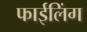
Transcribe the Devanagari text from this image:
फाईलिंग